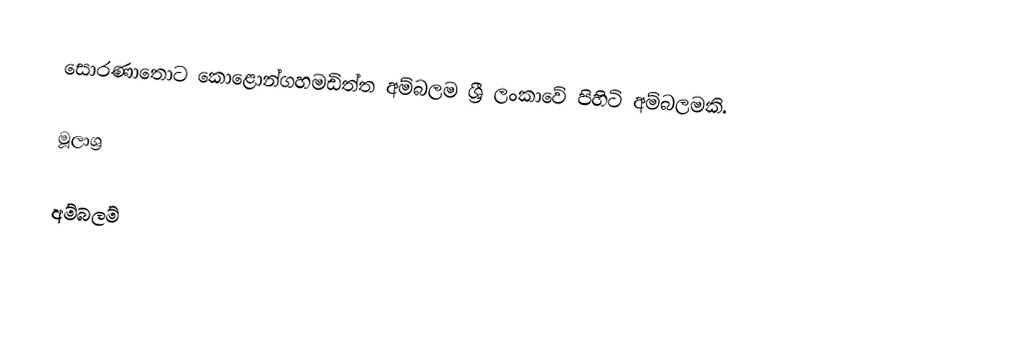
සොරණාතොට කොළොන්ගහමඩිත්ත අම්බලම ශ්‍රී ලංකාවේ පිහිටි අම්බලමකි.

මූලාශ්‍ර

අම්බලම්